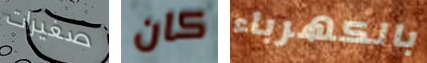
صغيرات كان بالكهرباء